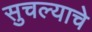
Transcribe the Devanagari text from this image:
सुचल्याचे